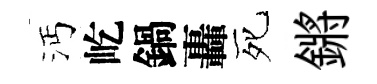
沔屹鍋轟死鏘